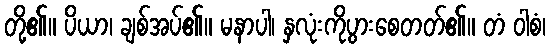
တို့၏။ ပိယာ၊ ချစ်အပ်၏။ မနာပါ၊ နှလုံးကိုပွားစေတတ်၏။ တံ ဝါစံ၊